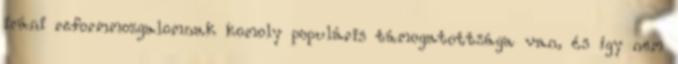
iráni reformmozgalomnak komoly populáris támogatottsága van, és így nem